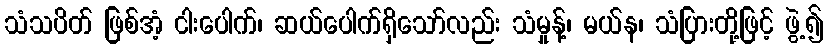
သံသပိတ် ဖြစ်အံ့ ငါးပေါက်၊ ဆယ်ပေါက်ရှိသော်လည်း သံမှုန့်၊ မယ်န၊ သံပြားတို့ဖြင့် ဖွဲ့၍